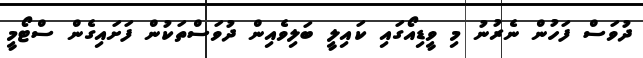
ދުވަސް ފަހުން ނެރުނު މި ވީޑިއޯގައި ކައިލީ ބަލިވެއިން ދުވަސްތަކުން ފަށައިގެން ސްޓޯމީ